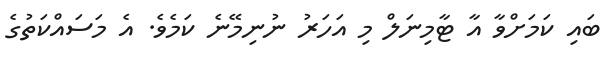
ބައި ކަމަށްވާ އާ ޓާމިނަލް މި އަހަރު ނުނިމޭނެ ކަމެވެ. އެ މަސައްކަތުގެ